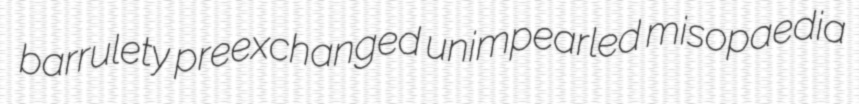
barrulety preexchanged unimpearled misopaedia